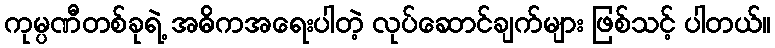
ကုမ္ပဏီတစ်ခုရဲ့ အဓိကအရေးပါတဲ့ လုပ်ဆောင်ချက်များ ဖြစ်သင့် ပါတယ်။